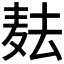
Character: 𱋋